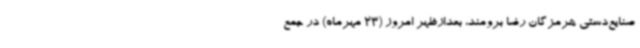
صنایع‌دستی هرمزگان رضا برومند، بعدازظهر امروز (23 مهرماه) در جمع